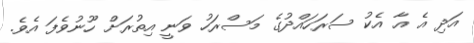
އަދި އެ އާ އެކު ސަރަހައްދުގެ މަސްރަހު ވަނީ އިތުރަށް ހޫނުވެފަ އެވެ.